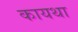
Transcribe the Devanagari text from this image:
कायथा